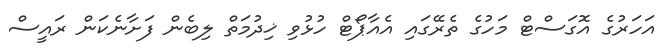
އަހަރުގެ އޮގަސްޓް މަހުގެ ތެރޭގައި އެއާޕޯޓް ހުޅުވި ޚިދުމަތް ލިބެން ފަށާނެކަން ރައީސް